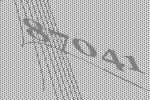
87041